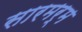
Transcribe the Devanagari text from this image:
सारमर्म